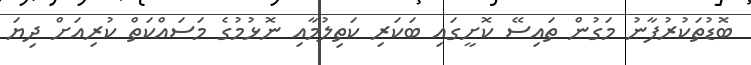
ބޮޑުތަކުރުފާނު މަގުން ތައިސޭ ކޮށީގައި ބަކަރި ކަތިލުމާއި ނޮޅުމުގެ މަސައްކަތް ކުރިއަށް ދިޔަ